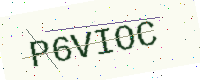
Text: P6VIOC